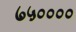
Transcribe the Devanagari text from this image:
७५००००